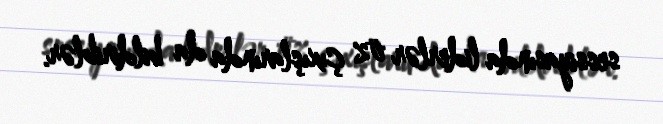
sessiyasında liderlər öz çıxışlarında da bildiriblər.